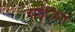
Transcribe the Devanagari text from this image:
राईजिंग